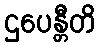
ဌပေန္တီတိ